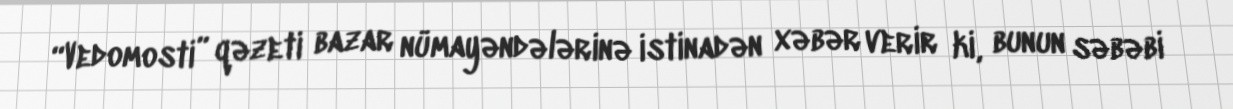
“Vedomosti” qəzeti bazar nümayəndələrinə istinadən xəbər verir ki, bunun səbəbi